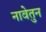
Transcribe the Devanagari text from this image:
नावेतुन